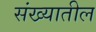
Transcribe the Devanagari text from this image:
संख्यातील